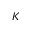
K